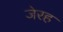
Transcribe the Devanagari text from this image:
जेरह